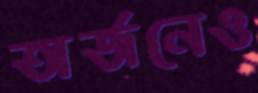
অর্জনেও